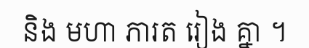
និង មហា ភារត រៀង គ្នា ។